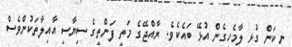
ނިކަން ގުޅި ލާމެހިގެން އުޅޭ ބައެކެވެ. ރާއްޖޭގެ މަތީ ފަންތީގެ ސިޔާސީ އާއިލާތަކުންވެސް